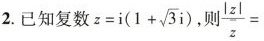
2.已知复数$$z = i ( 1+ \sqrt { 3 } i )$$， $$\frac { | z | } { z } =$$